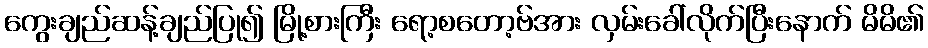
ကွေးချည်ဆန့်ချည်ပြု၍ မြို့စားကြီး ရော့စတော့ဗ်အား လှမ်းခေါ်လိုက်ပြီးနောက် မိမိ၏